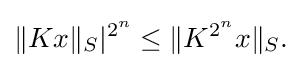
\displaystyle {\|Kx\|_{S}|^{2^{n}}\leq \|K^{2^{n}}x\|_{S}.}